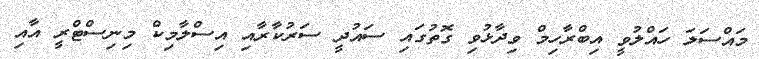
މައްސަލަ ހައްލުވީ އިބްރާހިމް ވިދާޅުވި ގޮތުގައި ސައުދީ ސަރުކާރާއި އިސްލާމިކް މިނިސްޓްރީ އާއި